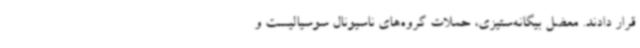
قرار دادند. معضل بیگانه‌ستیزی، حملات گروه‌های ناسیونال سوسیالیست و